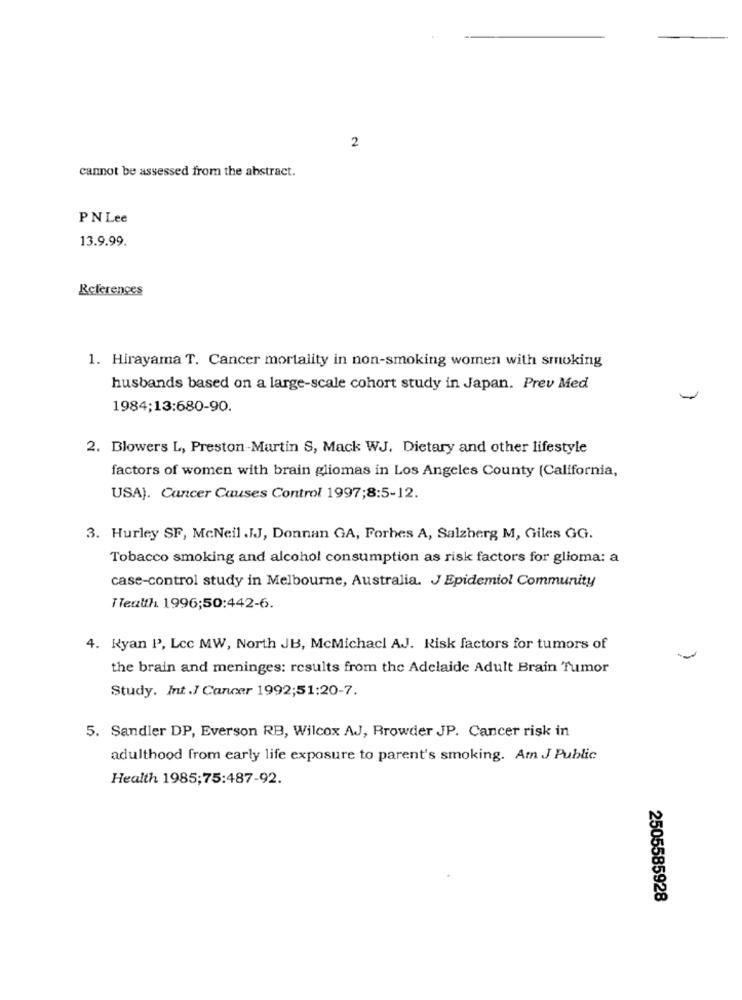
2
cannot be assessed from the abstract.
PN Lee
13.9.99.
References
1. Hirayama T. Cancer mortality in non-smoking women with smoking
husbands based on a large-scale cohort study in Japan. Prev Med
1984;13:680-90.
2. Blowers L, Preston-Martin S, Mack WJ. Dietary and other lifestyle
factors of women with brain gliomas in Los Angeles County (California,
USA). Cancer Causes Control 1997;8:5-12.
3. Hurley SF, McNeil .IJ, Donnan GA, Forbes A, Salzberg M, Giles GG.
Tobacco smoking and alcohol consumption as risk factors for glioma: a
case-control study in Melbourne, Australia. J Epidemiol Community
ITealth 1996;50:442-6.
4. Ryan P', Lcc MW, North JB, McMichacl AJ. Risk factors for tumors of
the brain and meninges: results from the Adelaide Adult Brain Tumor
Study. Int.J Cancer 1992;51:20-7.
5. Sandler DP, Everson RB, Wilcox AJ, Browder JP. Cancer risk in
adulthood from early life exposure to parent's smoking. Am J Public
Health 1985;75:487-92.
2505585928